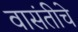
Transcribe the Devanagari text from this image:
वासंतीचे